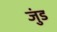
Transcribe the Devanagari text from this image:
जुंड